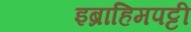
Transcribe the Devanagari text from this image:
इब्राहिमपट्टी